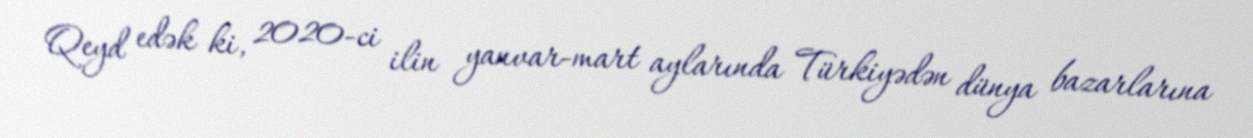
Qeyd edək ki, 2020-ci ilin yanvar-mart aylarında Türkiyədən dünya bazarlarına